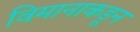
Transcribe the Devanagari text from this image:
विमानाकडून